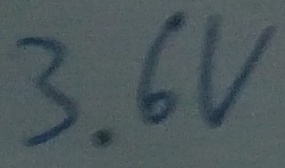
Text: 3.6V